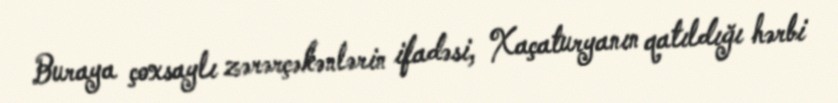
Buraya çoxsaylı zərərçəkənlərin ifadəsi, Xaçaturyanın qatıldığı hərbi